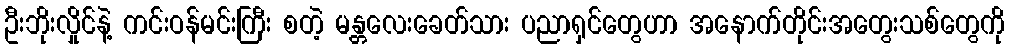
ဦးဘိုးလှိုင်နဲ့ ကင်းဝန်မင်းကြီး စတဲ့ မန္တလေးခေတ်သား ပညာရှင်တွေဟာ အနောက်တိုင်းအတွေးသစ်တွေကို